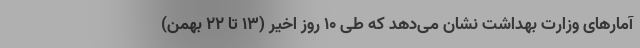
آمارهای وزارت بهداشت نشان می‌دهد که طی ۱۰ روز اخیر (۱۳ تا ۲۲ بهمن)